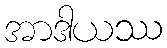
အာဒါယဿ